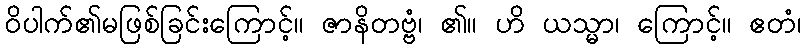
ဝိပါက်၏မဖြစ်ခြင်းကြောင့်။ ဇာနိတဗ္ဗံ၊ ၏။ ဟိ ယသ္မာ၊ ကြောင့်။ ဧတံ၊